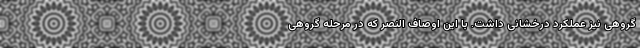
گروهی نیز عملکرد درخشانی داشت. با این اوصاف النصر که در مرحله گروهی